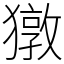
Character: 獤